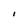
Character: I